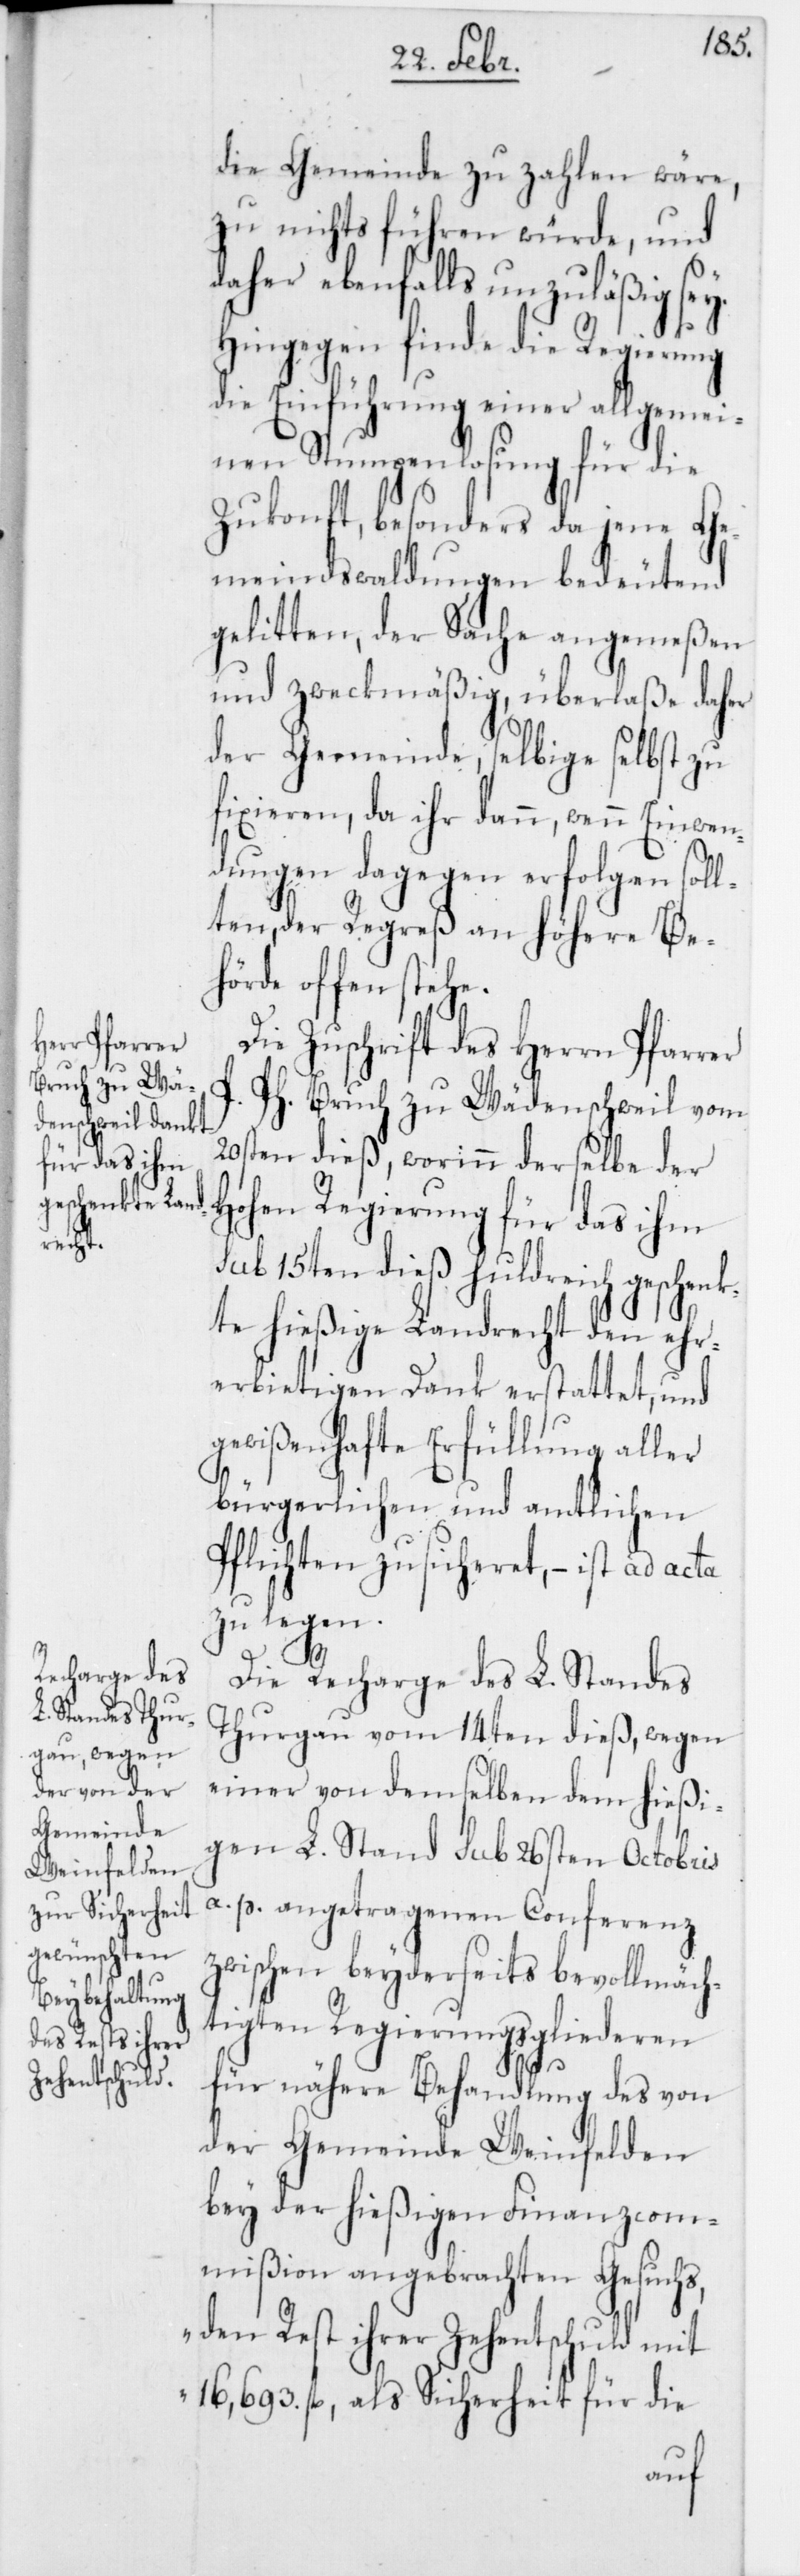
die Gemeinde zu zahlen wäre,
zu nichts führen würde, und
daher ebenfalls unzuläßig sey.
Hingegen finde die Regierung
die Einführung einer allgemei¬
nen Stumpenlosung für die
Zukonft, besonders da jene Ge¬
meindswaldungen bedeutend
gelitten, der Sache angemeßen
und zweckmäßig, überlaße daher
der Gemeinde, selbige selbst zu
fixieren, da ihr dann, wenn Einwen¬
dungen dagegen erfolgen soll¬
ten, der Regreß an höhere Be¬
hörde offen stehe.
Die Zuschrift des Herrn Pfarrer
Ph. Bruch zu Wädenschweil vom
20sten dieß, worinn derselbe der
Hohen Regierung für das ihm
sub 15ten dieß huldreich geschenk¬
te hießige Landrecht den ehr¬
erbietigen Dank erstattet, und
gewißenhafte Erfüllung aller
bürgerlichen und amtlichen
Pflichten zusicheret, – ist ad acta
zu legen.
Die Recharge des L. Standes
Thurgau vom 14ten dieß, wegen
einer von demselben dem hießi¬
gen L. Stand sub 26sten Octobris
a. p. angetragenen Conferenz
zwischen beyderseits bevollmäch¬
tigten Regierungsgliederen
für nähere Behandlung des von
der Gemeinde Weinfelden
bey der hießigen Finanzcom¬
mißion angebrachten Gesuchs,
„den Rest ihrer Zehentschuld mit
16,693. fl., als Sicherheit für die